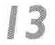
13